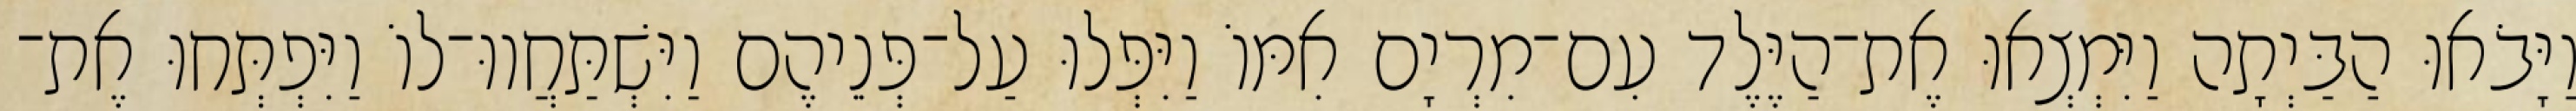
וַיָּבֹאוּ הַבַּיְתָה וַיִּמְצְאוּ אֶת־הַיֶּלֶד עִם־מִרְיָם אִמּוֹ וַיִּפְּלוּ עַל־פְּנֵיהֶם וַיִּשְׁתַּחֲווּ־לוֹ וַיִּפְתְּחוּ אֶת־